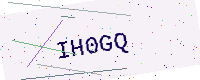
Text: IH0GQ